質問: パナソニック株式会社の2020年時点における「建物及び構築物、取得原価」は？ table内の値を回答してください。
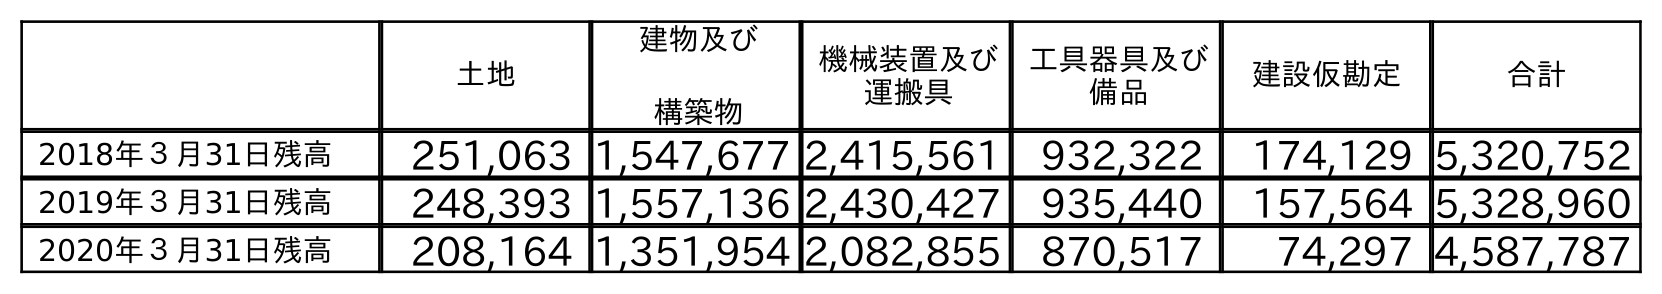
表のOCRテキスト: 土地 建物及び 構築物 機械装置及び 運搬具 工具器具及び 備品 建設仮勘定 合計 2018年３月31日残高 251,063 1,547,677 2,415,561 932,322 174,129 5,320,752 2019年３月31日残高 248,393 1,557,136 2,430,427 935,440 157,564 5,328,960 2020年３月31日残高 208,164 1,351,954 2,082,855 870,517 74,297 4,587,787
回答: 1,351,954